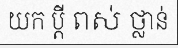
យក ប្តី ពស់ ថ្លាន់